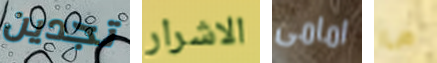
تجدين الاشرار امامى ما